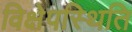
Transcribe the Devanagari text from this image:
विक्षेपस्थिति